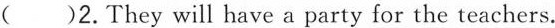
( )2.They will have a party for the teachers.